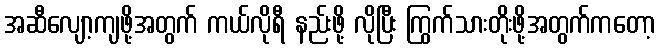
အဆီလျော့ကျဖို့အတွက် ကယ်လိုရီ နည်းဖို့ လိုပြီး ကြွက်သားတိုးဖို့အတွက်ကတော့